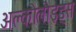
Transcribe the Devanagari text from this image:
अल्कोलौइड्स